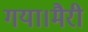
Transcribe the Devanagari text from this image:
गया।मैरी